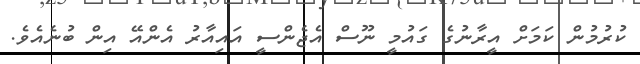
ކުރުމުން ކަމަށް އީރާނުގެ ގައުމީ ނޫސް އެޖެންސީ އައިއާރު އެންއޭ އިން ބުނެއެވެ.